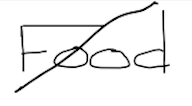
Text: Food
Cross-out: mix
Writing tool: digital_black